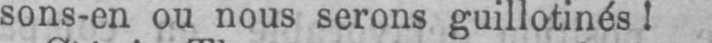
sons-en ou nous serons guillotinés!